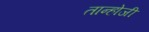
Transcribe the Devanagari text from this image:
तान्होजी